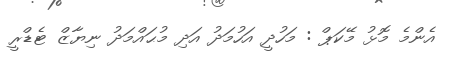
އެންމެ މޮޅު މޭކަޕް : މަހުދީ އަހުމަދު އަދި މުޙައްމަދު ނިޔާޒް ޓެޑްރީ